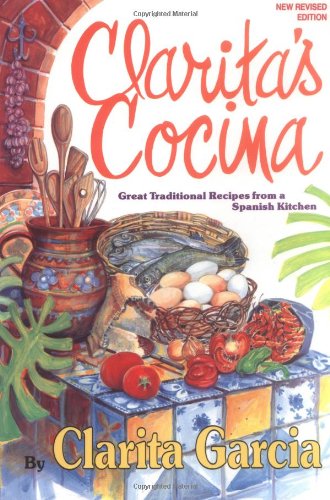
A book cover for Clarita's Cocina : Great Traditional Recipes from a Spanish Kitchen; Clarita Garcia; Cookbooks, Food & Wine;